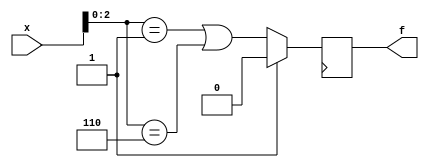
module top_module (
    input [4:1] x,
    output f
); 

    always @(posedge clk) begin
        if (reset) begin
            f <= 1'b0;
        end else begin
            f <= (x[3:1] == 3'b001) || (x[3:1] == 3'b110);
        end
    end

endmodule